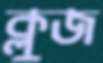
ক্লুজ